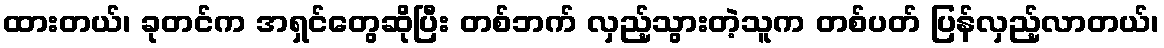
ထားတယ်၊ ခုတင်က အရှင်တွေဆိုပြီး တစ်ဘက် လှည့်သွားတဲ့သူက တစ်ပတ် ပြန်လှည့်လာတယ်၊